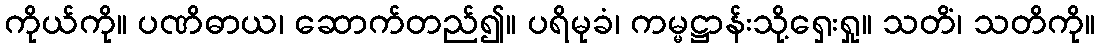
ကိုယ်ကို။ ပဏိဓာယ၊ ဆောက်တည်၍။ ပရိမုခံ၊ ကမ္မဋ္ဌာန်းသို့ရှေးရှု။ သတိံ၊ သတိကို။